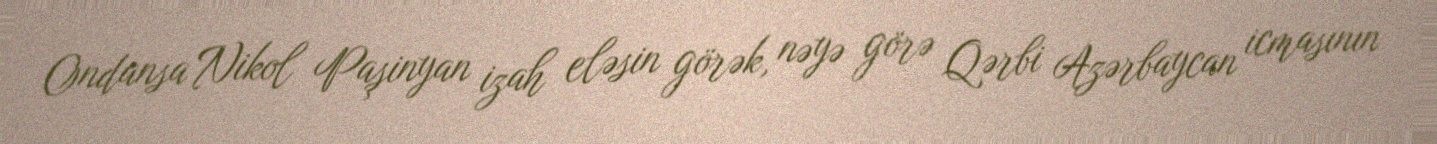
Ondansa Nikol Paşinyan izah eləsin görək, nəyə görə Qərbi Azərbaycan icmasının